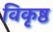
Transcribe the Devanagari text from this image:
विकृष्ठ